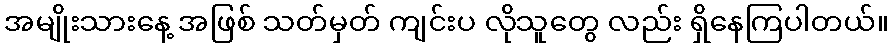
အမျိုးသားနေ့ အဖြစ် သတ်မှတ် ကျင်းပ လိုသူတွေ လည်း ရှိနေကြပါတယ်။